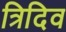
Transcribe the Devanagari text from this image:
त्रिदिव